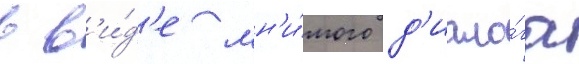
в в'и́д'е мн'и́мого д'иало́га